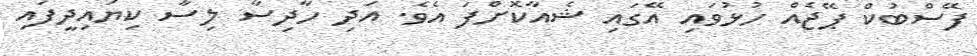
ފޭސްބުކް ޕޭޖެއް ހުޅުވައި އޭގައި ޝެއާކޮށްފަ އެވެ. އަދި ހާދިސާ ލިސާ ކިޔައިދީފައި